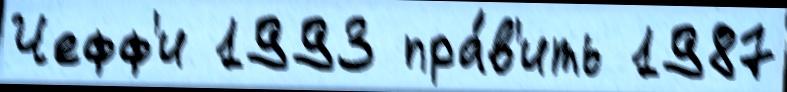
Чефф'и 1993 пра́в'ить 1987